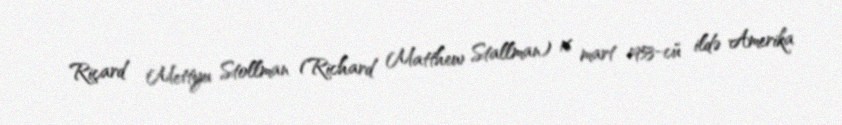
Riçard Mettyu Stollman (Richard Matthew Stallman) 16 mart 1953-cü ildə Amerika